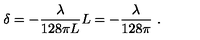
\delta = - \frac { \lambda } { 1 2 8 \pi L } L = - \frac { \lambda } { 1 2 8 \pi } \ .